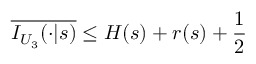
\overline { { { I _ { U _ { 3 } } ( \cdot | s ) } } } \leq H ( s ) + r ( s ) + \frac { 1 } { 2 }